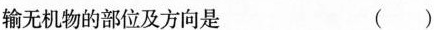
输无机物的部位及方向是 ()